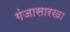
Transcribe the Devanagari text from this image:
गंजासारखा